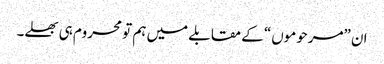
ان ”مرحوموں“ کے مقابلے میں ہم تو محروم ہی بھلے۔